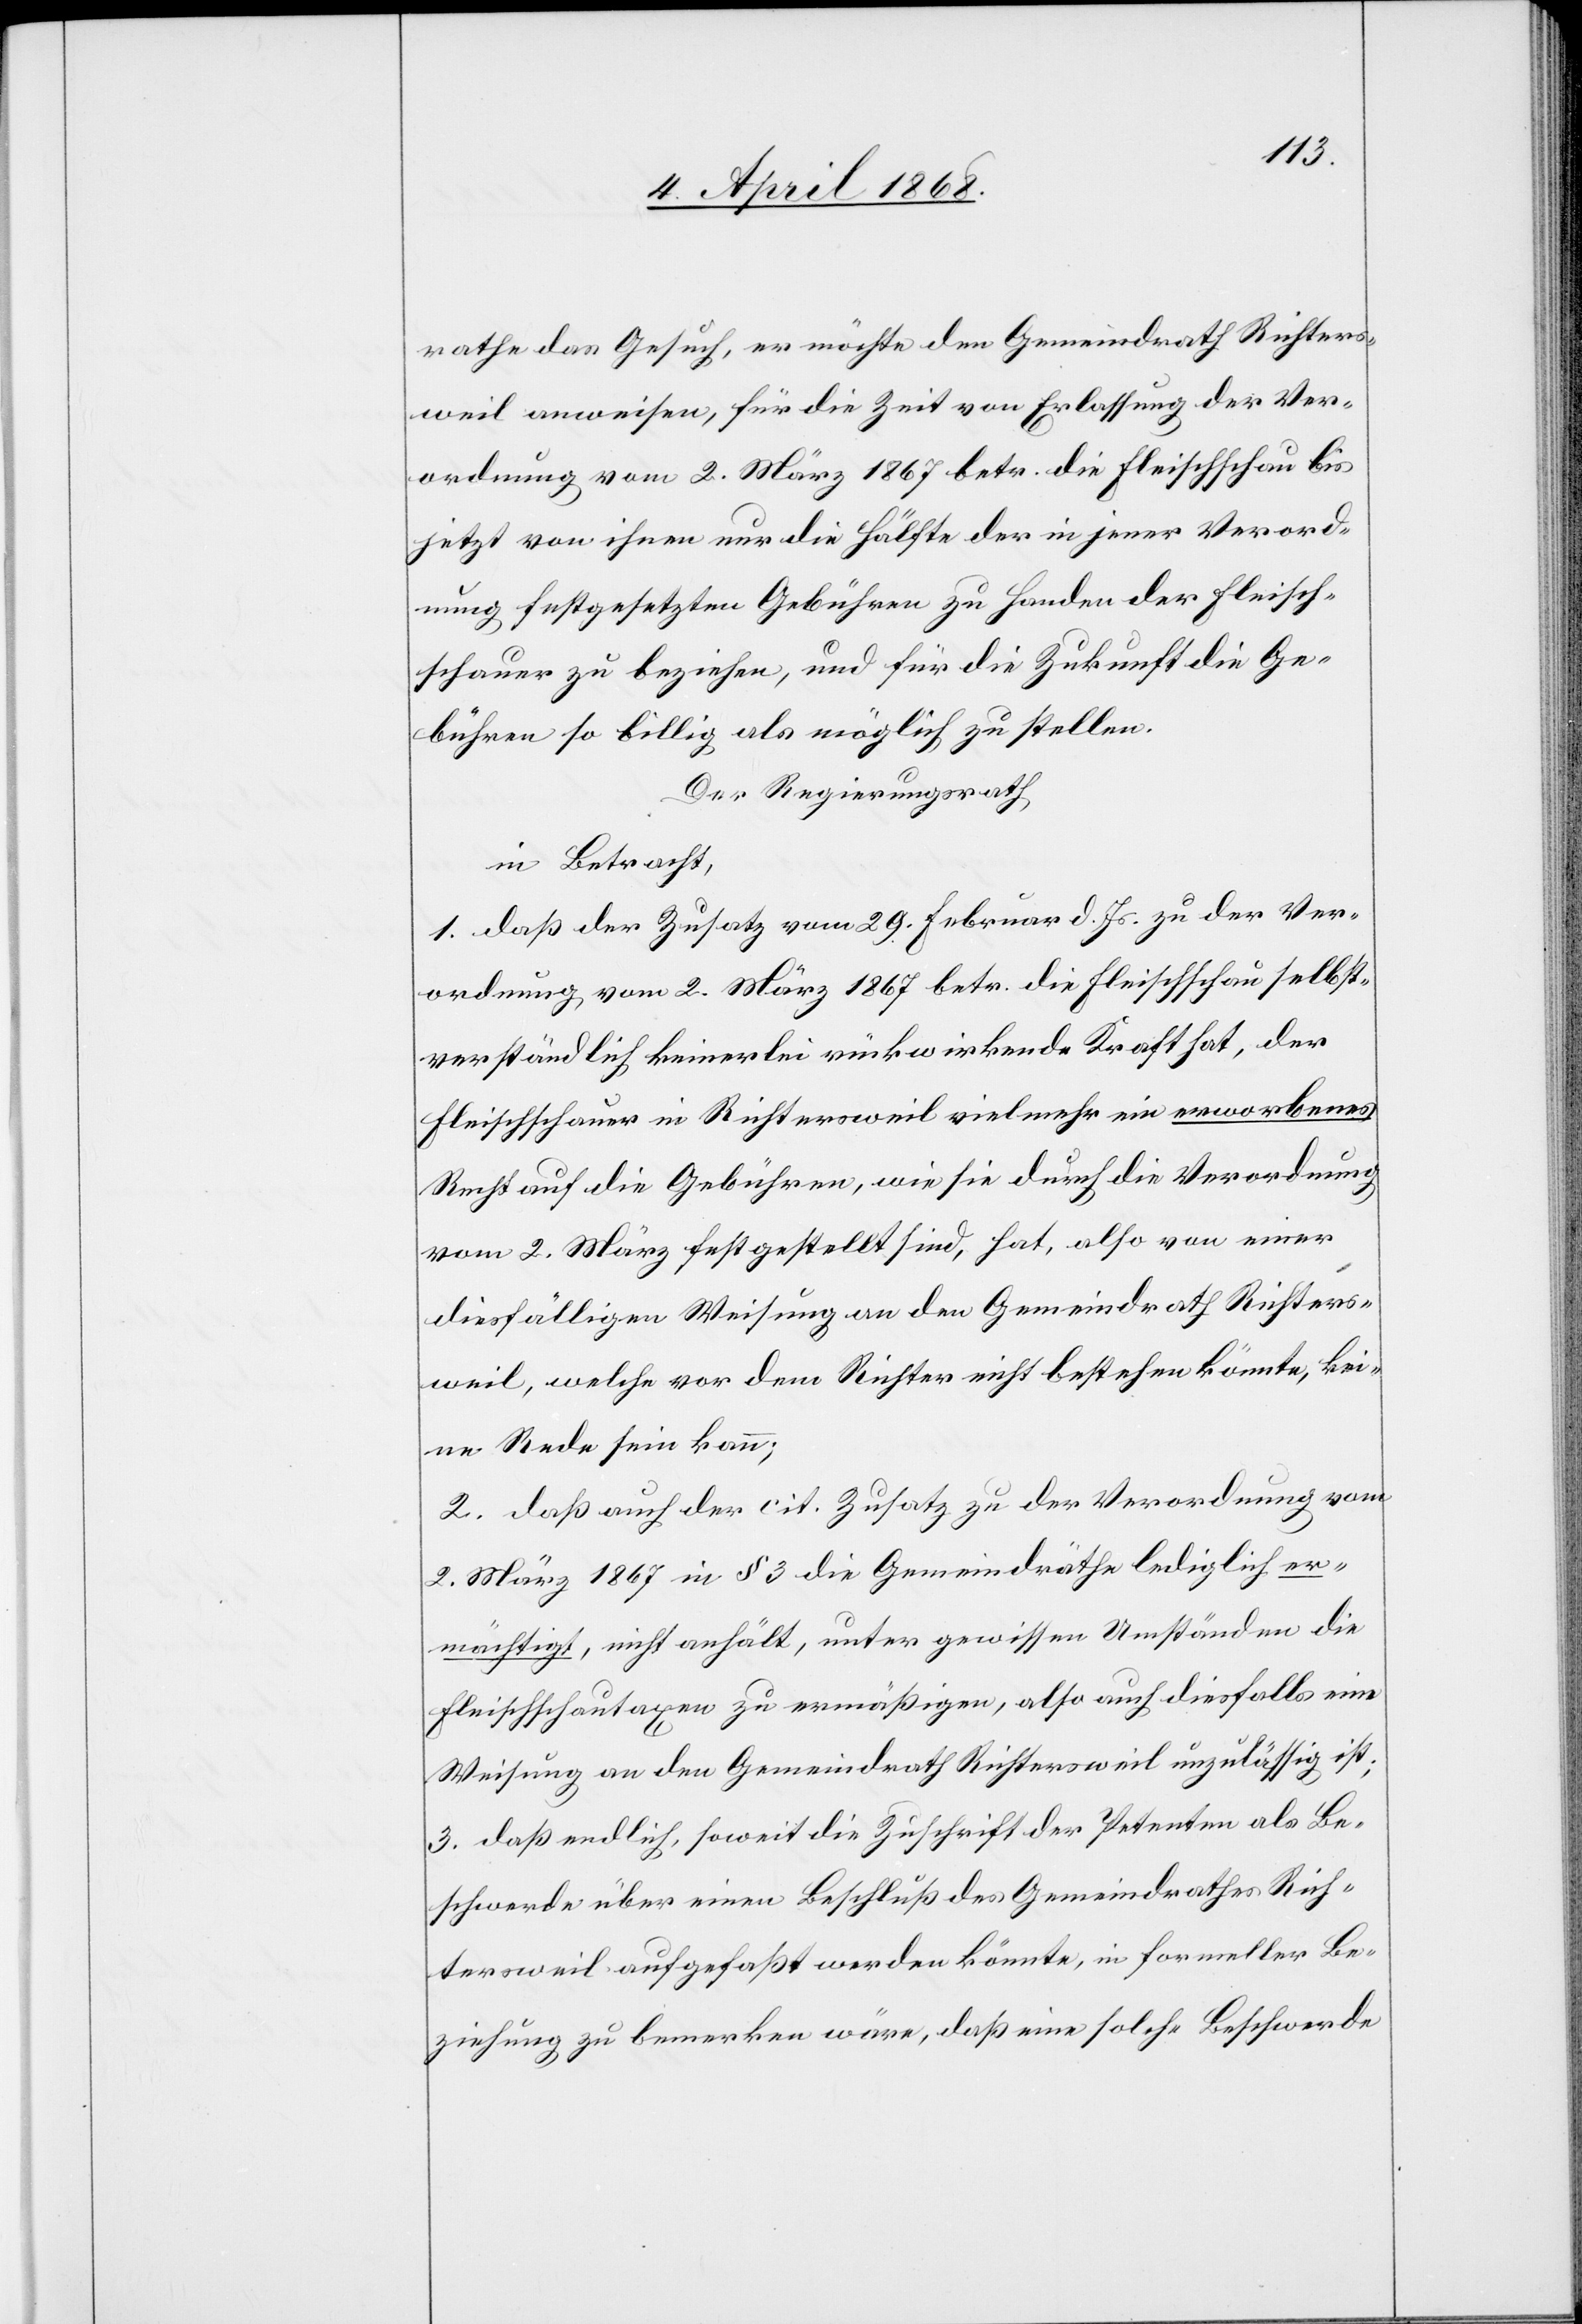
rathe das Gesuch, er möchte den Gemeindrath Richters¬
weil anweisen, für die Zeit von Erlassung der Ver¬
ordnung vom 2. März 1867 betr. die Fleischschau bis
jetzt von ihnen nur die Hälfte der in jener Verord¬
nung festgesetzten Gebühren zu Handen der Fleisch¬
schauer zu beziehen, und für die Zukunft die Ge¬
bühren so billig als möglich zu stellen.
Der Regierungsrath
in Betracht,
1. daß der Zusatz vom 29. Februar d. Js. der Ver¬
ordnung vom 2. März 1867 betr. die Fleischschau selbst¬
verständlich keinerlei rückwirkende Kraft hat, der
Fleischschauer in Richtersweil vielmehr ein erworbenes
Recht auf die Gebühren, wie sie durch die Verordnung
vom 2. März festgestellt sind, hat, also von einer
diesfälligen Weisung an den Gemeindrath Richters¬
weil, welche vor dem Richter nicht bestehen könnte, kei¬
ne Rede sein kann;
2. daß auch der cit. Zusatz zu der Verordnung vom
2. März 1867 in § 3 die Gemeindräthe lediglich er¬
mächtigt, nicht anhält, unter gewissen Umständen die
Fleischschautaxen zu ermäßigen, also auch diesfalls eine
Weisung an den Gemeindrath Richtersweil unzulässig ist;
3. daß endlich, soweit die Zuschrift der Petenten als Be¬
schwerde über einen Beschluß des Gemeindrathes Rich¬
tersweil aufgefaßt werden könnte, in formeller Be¬
ziehung zu bemerken wäre, daß eine solche Beschwerde